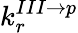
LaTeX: k_{r}^{III\rightarrow p}